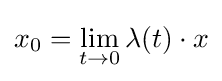
x_{0}=\lim _{t\to 0}\lambda (t)\cdot x